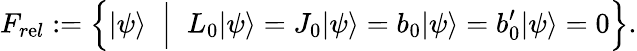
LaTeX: F_{r\mathrm{e}l}:=\Big\{ |\psi\rangle\; \; \Big|\; \; L_{0}|\psi\rangle=J_{0}|\psi\rangle=b_{0}|\psi\rangle=b_{0}^{\prime}|\psi\rangle=0\Big\} .